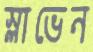
স্লাভেন